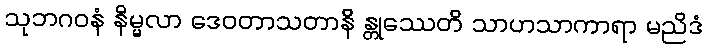
သုဘဂဝနံ နိမ္မလာ ဒေဝတာသတာနိ န္တုဿေတိ သာဟသာကာရာ မညိဒံ